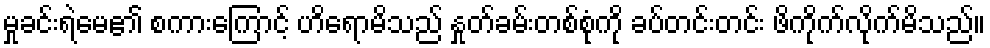
မှုခင်းရဲမေ၏ စကားကြောင့် ဟိရောမိသည် နှုတ်ခမ်းတစ်စုံကို ခပ်တင်းတင်း ဖိကိုက်လိုက်မိသည်။